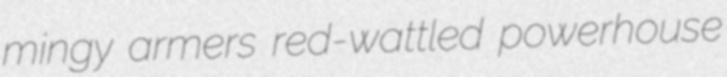
mingy armers red-wattled powerhouse